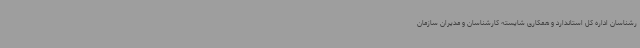
رشناسان اداره کل استاندارد و همکاری شایسته کارشناسان و مدیران سازمان